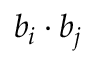
b _ { i } \cdot b _ { j }